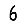
Digit: 6